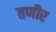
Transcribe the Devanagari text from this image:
तणीर